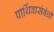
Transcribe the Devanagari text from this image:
पार्थिवासंबंधी